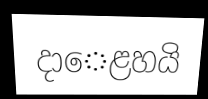
දාෙළහයි